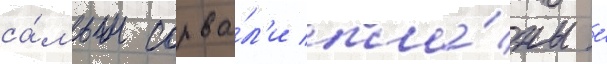
са́мым сорва́л'и пла́ны е́